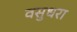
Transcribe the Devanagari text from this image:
वसुधरा